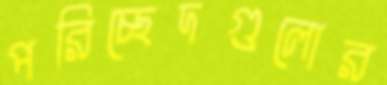
পরিচ্ছেদগুলোর